Report of the Municipal Commissioner on the plague in Bombay for the year ending 31st May... - Volume 1
Disease focus: Plague
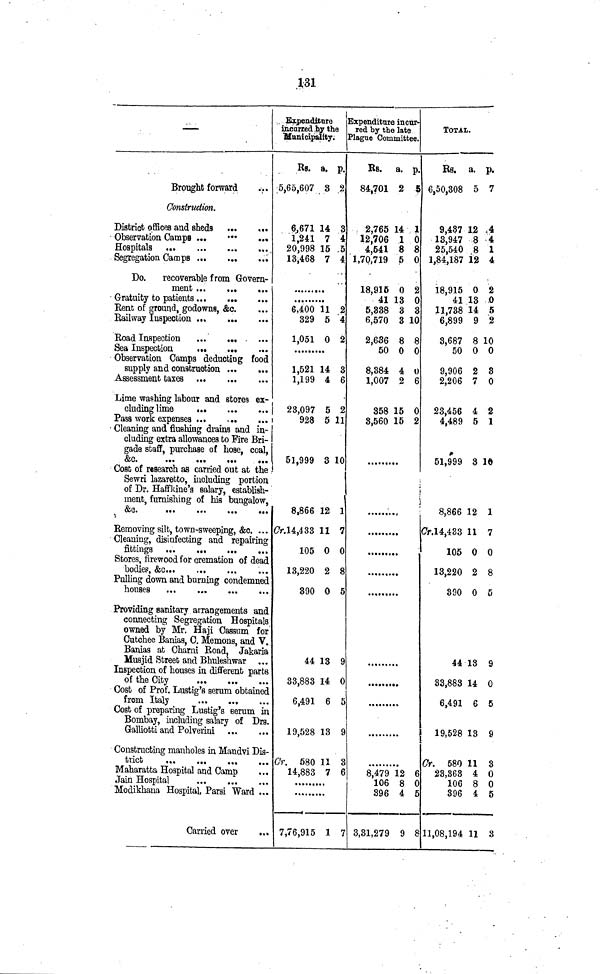
131
—
Brought forward
Construction,
District offices and sheds
Observation Camps ...
•••
...
Segregation Camps
Do.
recoverable from Govern-
ment
Gratuity to patients
Rent of ground, godowns, &c.
Railway Inspection
Road Inspection
Sea
Inspection
Observation Camps deducting food
supply and construction ...
Assessment taxes
Lime washing labour and stores ex-
cluding lime
Pass work expenses
Cleaning and flushing drains and in-
eluding extra allowances to Fire Bri-
gade staff, purchase of hose, coal,
&c.
Cost of research as carried out at the
Sewri lazaretto, including portion
of Dr. Haffkine's salary, establish-
ment, furnishing of his bungalow,
&c.
Removing silt, town-sweeping, &c 4 . ..
Cleaning, disinfecting and repairing
Stores, firewood for cremation of dead
Pulling down and burning condemned
houses
Providing sanitary arrangements and
connecting Segregation Hospitals
owned by Mr. Haji Cassum for
Cutchee Bardas, C. Memons, and V.
Banias at Charni Road, Jakaria
Musjid Street and Bhuleshwar ...
Inspection of houses in different parts
of the City
Cost of Prof. Lustig's serum obtained
from Italy
Cost of preparing Lustig's ßerum in
Bombay, including salary of Drs.
Galliotti and Polverini
Constructing manholes in Mandvi Dis-
Maharatta Hospital and Camp
Jain Hospital
Modikhana Hospital, Parsi Ward ...
Carried over
Expenditure
incarred by the
municipality.
Rs. a. p.
5,65,607 3 2
6,671 14 3
1,241 7 4
20,998 15 5
13,468 7 4
6,400 11 2
329 5 4
1,051 0 2
1,521 14 3
1,199 4 6
23,097 5 2
928 5 11
51,999 3 10
8,866 12 1
Cr. 14,433 11 7
105 0 0
13,220 2 8
390 0 5
44 13 9
33,883 14 0
6,491 6 5
19,528 13 9
Cr. 580 11 3
14,883 7 6
7,76,915 1 7
Expenditure incur-
red by the late
Plague Committee.
RS. a. p.
84,701 2 5
2,765 14 1
12,706 1 0
4,541 8 8
1,70,719 5 0
18,916 0 2
41 13 0
5,338 3 3
6,570 3 10
2,636 8 8
50 0 0
8,384 4 t)
1,007 2 6
358 15 0
3,560 15 2
0
K
g
8,479 12 6
106 8 0
396 4 5
3,31,279 9
TOTAL.
Es. a. p.
6,50,308 5 7
9,437 12 4
13,947 8 4
25,540 8 1
1,84,187 12 4
18,915 0 2
41 13 0
11,738 14 5
6,899 9 2
3,687 8 10
50 0 0
9,906 2 3
2,206 7 0
23,456 4 2
4,489 5 1
51,999 8 10
8,866 12 1
Cr.1 4,433 11 7
105 0 0
13,220 2 8
390 0 5
44 13 9
33,883 14 0
6,491 6 5
19,528 13 9
Cr. 580 11 3
23,863 4 0
106 8 0
396 4 5
11,08,194 11 3